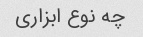
چه نوع ابزاری